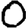
Digit: 0